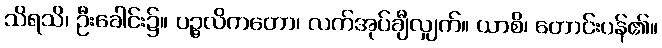
သိရသိ၊ ဦးခေါင်း၌။ ပဉ္ဇလိကတော၊ လက်အုပ်ချီလျှက်။ ယာစိ၊ တောင်းပန်၏။